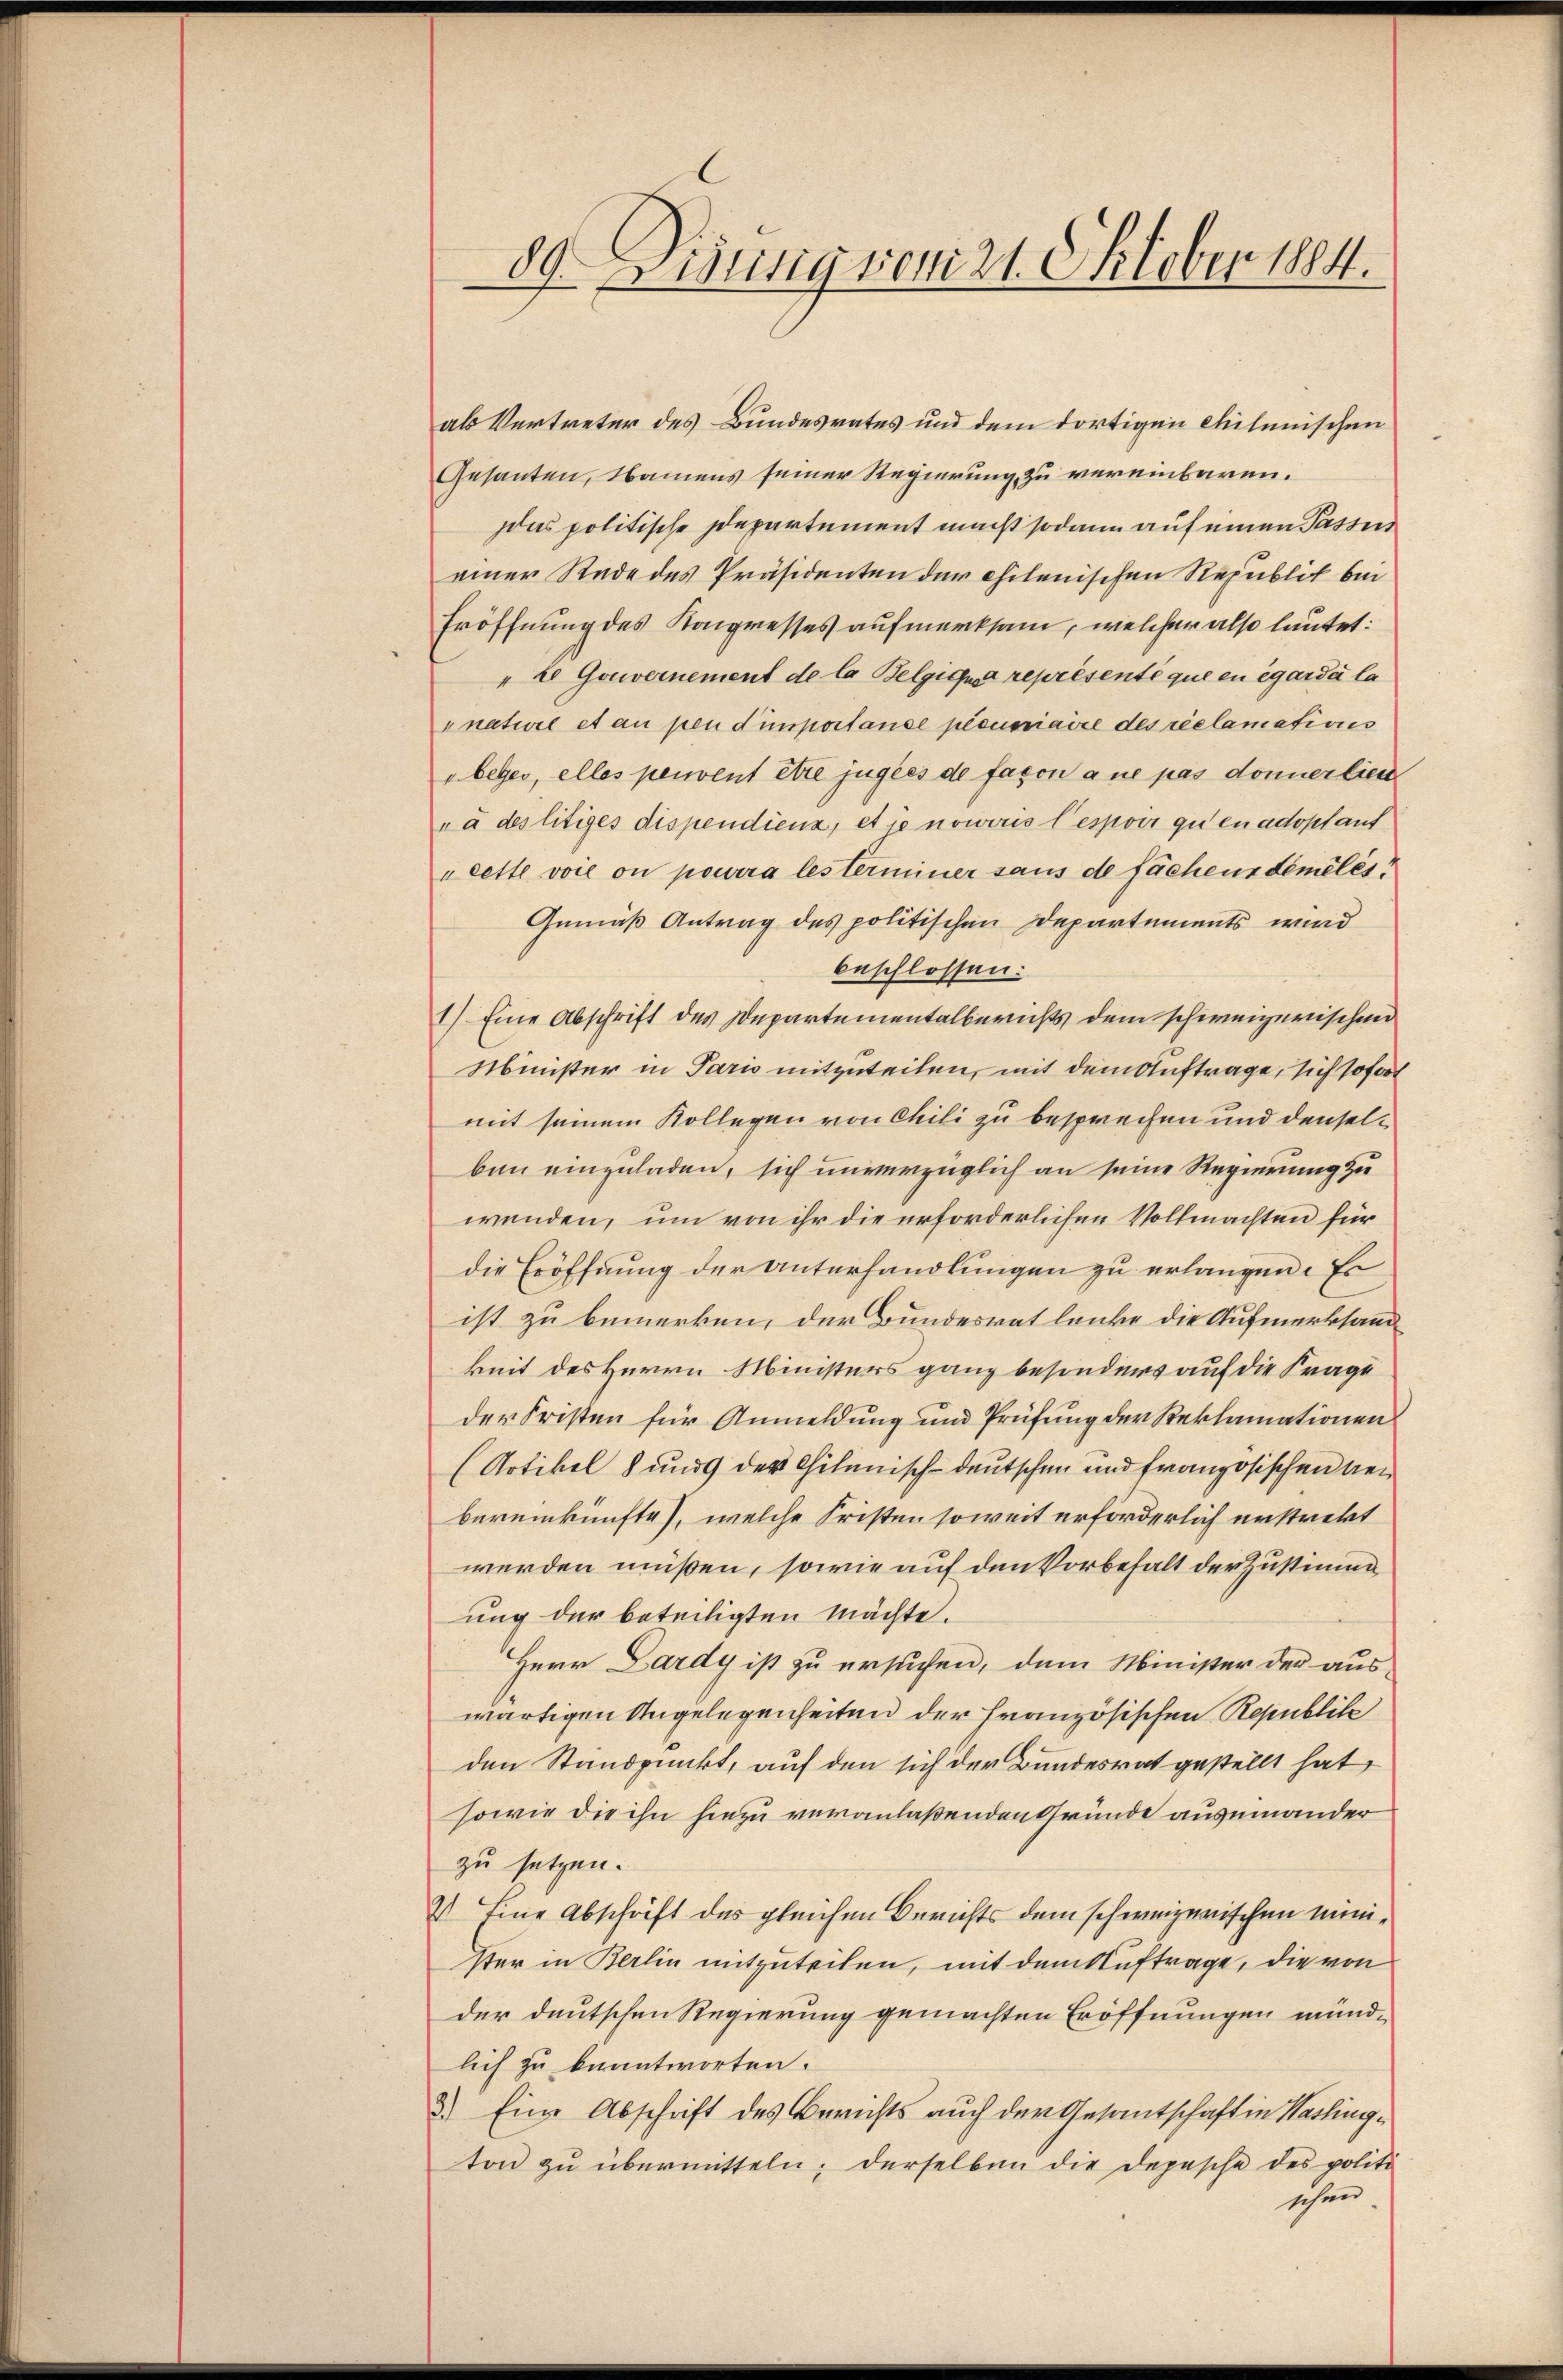
89. Eisung vom 21. Oktober 1884.

als Vertreter des Bundesrates und dem dortigen citanischen
Gesanten, Namens seiner Regierung zu vereinbaren.
as politische Departement macht sodann auf einen Passen
einer Rede des Präsidenten der chilenischen Republit bei
Eröffnung des Kongresses aufmerksam, welcher also lautet:
"te Gouvernement de la Belgiqua représenté que en égarda la
-nature et an pendimportause pecuniaire des réclamations
beges, elles peuvent être jugées de façon a ne pas donnerlies
rà des litiges dispendienz, et ie noweris l’espons qu’en adoptant
„cette voie on pourra lesterminer sans de fachens bemelés
Gemäß Antrag des politischen Departements wird
beschlossen:
1) Eine Abschrift des Departementalberichts dem schweizerischen
Minister in Paris mitzuteilen, mit dem Auftrage, sich sofort
mit seinem Kollegen von Chili zu besprechen und denselben einzuladen, sich unverzüglich an seine Regierung zu
wenden, um von ihr die erforderlichen Vollmachten für
die Eröffnung der Unterhandlungen zu erlangen. Es
ist zu bemerken, der Bundesrat lenke die Aufmerksamkeit des Herrn Ministers ganz besonders auf die Frage
der Fristen für Anmeldung und Prüfung der Reklamationen
Artikel und der Chilmisch-deutschen und französischen den
bereinkünfte), welche Fristen soweit erforderlich erstrekt
werden müßen, sowie auf den Vorbehalt der Zustimm
ung der beteiligten Mächte.
Herr Dardy ist zu ersuchen, dem Minister der aus-
wärtigen Angelegenheiten der französischen Republik
den Standpunkt, auf den sich der Bundesrat gestellt hat,
sowie die ihn hiezu veranlaßenden Gründe auseinander
zu setzen.
2) Eine Abschrift des gleichen Berichts dem schweizerischen minister in Berlin mitzuteilen, mit dem Auftrage, die von
der deutschen Regierung gemachten Eröffnungen mündlich zu beantworten.
3.) Eine Abschrift des Berichts auch der Gesantschaft in Washington zu übermitteln; derselben die Depesche des politi
schen